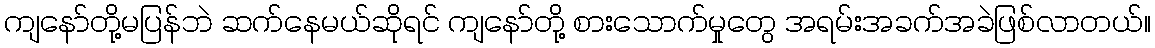
ကျနော်တို့မပြန်ဘဲ ဆက်နေမယ်ဆိုရင် ကျနော်တို့ စားသောက်မှုတွေ အရမ်းအခက်အခဲဖြစ်လာတယ်။